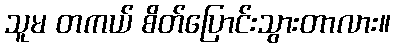
သူမ တကယ် စိတ်ပြောင်းသွားတာလား။